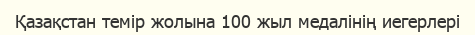
Қазақстан темір жолына 100 жыл медалінің иегерлері